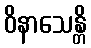
ဝိနာသေန္တိ